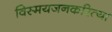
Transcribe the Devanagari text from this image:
विस्मयजनकरित्या